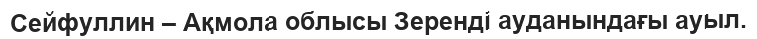
Сейфуллин – Ақмола облысы Зеренді ауданындағы ауыл.